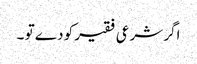
اگر شرعی فقیر کو دے تو ۔